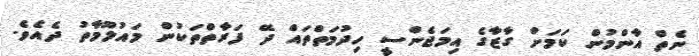
ނެތް އާންމުން ކަމަށް ގާޒާގެ އިމަޖެންސީ ހިދުމަތްތައް ދޭ ފަރާތްތަކުން މައުލޫމާތު ދެއެވެ.